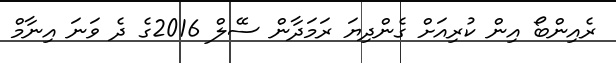
ރެއިންބޯ އިން ކުރިއަށް ގެންދިޔަ ރަމަދާން ސޭލް 2016ގެ ދެ ވަނަ އިނާމް